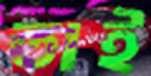
তাই